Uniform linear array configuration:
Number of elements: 12
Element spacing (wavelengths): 0.5
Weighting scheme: blackman
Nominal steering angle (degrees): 45
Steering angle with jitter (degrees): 43.539
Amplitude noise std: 0.05
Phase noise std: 0.05

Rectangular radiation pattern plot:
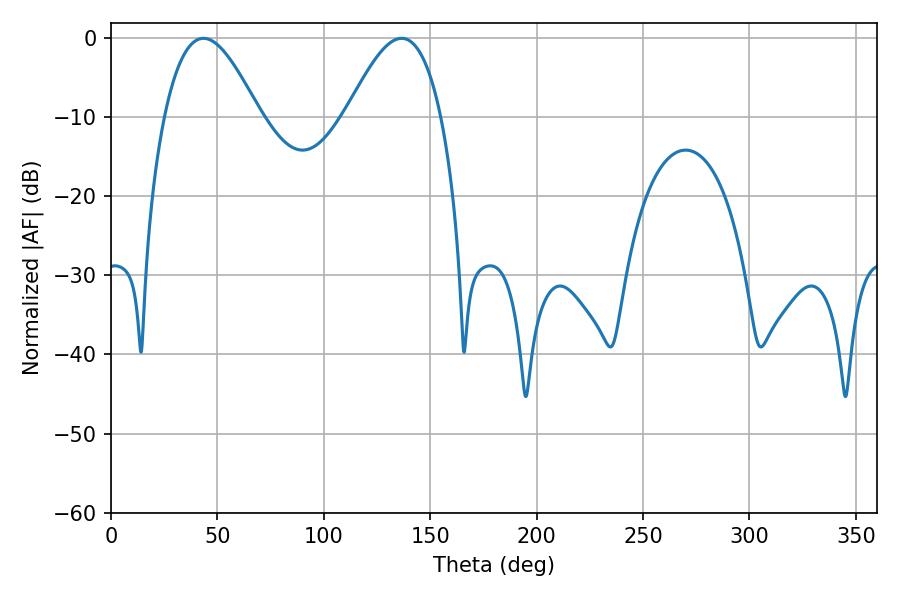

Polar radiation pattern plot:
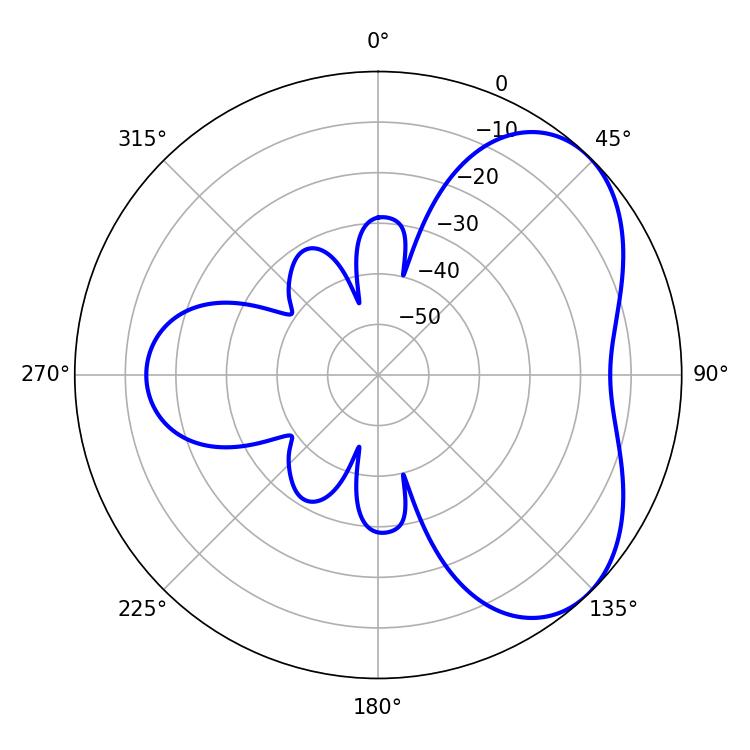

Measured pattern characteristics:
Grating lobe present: FALSE
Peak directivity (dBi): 4.859
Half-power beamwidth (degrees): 24.12
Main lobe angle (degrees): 43.38